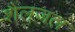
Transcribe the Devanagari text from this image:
शैलजल